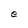
Character: e